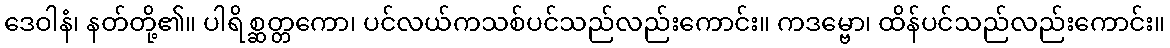
ဒေဝါနံ၊ နတ်တို့၏။ ပါရိစ္ဆတ္တကော၊ ပင်လယ်ကသစ်ပင်သည်လည်းကောင်း။ ကဒမ္ဗော၊ ထိန်ပင်သည်လည်းကောင်း။